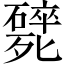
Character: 𣩸